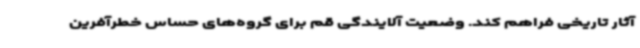
آثار تاریخی فراهم کند. وضعیت آلایندگی قم برای گروه‌های حساس خطرآفرین